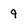
Character: 9